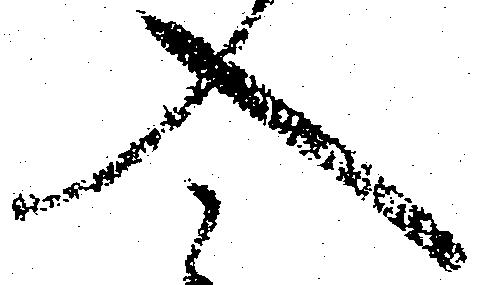
入